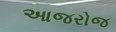
આજરોજ